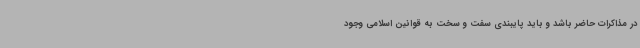
در مذاکرات حاضر باشد و باید پایبندی سفت و سخت به قوانین اسلامی وجود